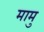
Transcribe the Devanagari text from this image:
मामु